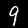
Digit: 9